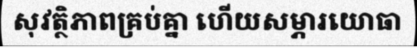
សុវត្ថិភាពគ្រប់គ្នា ហើយសម្ភារយោធា